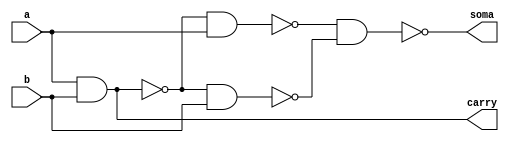
module MEIASOMANAND(soma,carry,a,b);
output soma,carry;
input a,b;
wire temp1,temp2,temp3,temp4;

nand NAND1 (temp1,a,b);
nand NAND2 (temp2,temp1,a);
nand NAND3 (temp3,temp1,b);
nand NAND4 (soma,temp2,temp3);
nand NAND5 (temp4,a,b);
nand NAND6 (carry,temp4,temp4);

 endmodule


module SOMACOMPLETANAND(soma,carry,a,b,c);

output soma,carry;
input a,b,c;
wire temp1,temp2,temp3,tmp4,temp5;

MEIASOMANAND MEIASOMA1 (temp1,temp2,a,b);
MEIASOMANAND MEIASOMA2 (soma,temp3,temp1,c);
nand NAND1(temp4,temp2,temp2); 
nand NAND2(temp5,temp3,temp3);
nand NAND3(carry,temp4,temp5);


 endmodule


module SOMACOMPLETANAND3BITS(soma,carry,a,b);

input [2:0]a,b;
output [2:0]soma;
output carry;
wire temp1,temp2;

MEIASOMANAND MEIASOMA1 (soma[0],temp1,a[0],b[0]);
SOMACOMPLETANAND SOMACOMPLETA1 (soma[1],temp2,a[1],b[1],temp1);
SOMACOMPLETANAND SOMACOMPLETA2 (soma[2],carry,a[2],b[2],temp2);

 endmodule

module TESTESOMADOR3BITS;
reg [2:0]a,b;
wire [2:0]soma;
wire carry;
integer i,j;


SOMACOMPLETANAND3BITS SOMACOMPLETA1 (soma,carry,a,b);

initial begin: start
		a=0; b=0;
end


	initial begin:main

		$display(" Larissa Fernandes Leijoto - 410476 ");
		#1 $display(" a | b = carry | soma ");
		#1 $monitor(" %3b | %3b =   %b  | %3b", a,b,carry,soma);

		for( i=0; i<=7; i = i+1 )
		begin
			a = i;
			for ( j=0; j<=7; j = j+1 )
			begin
				#1 b = j;
			end
		end

	end

endmodule